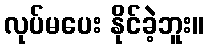
လုပ်မပေး နိုင်ခဲ့ဘူး။